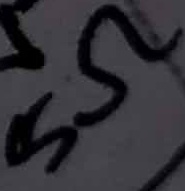
Text: 5Ω